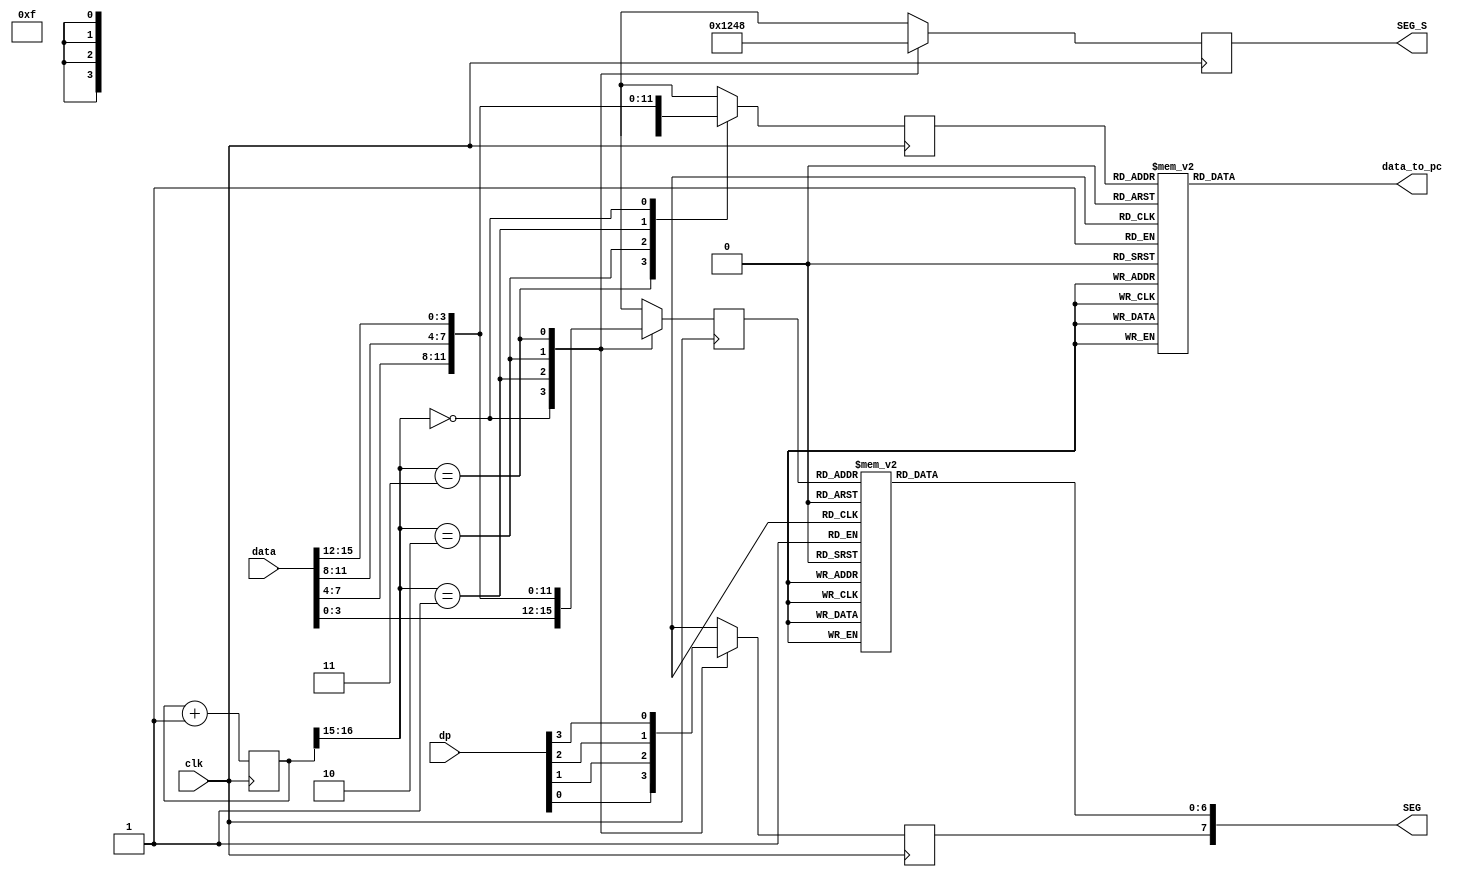
module seg_dynamic_drive(
input  clk,
input [15:0] data, 
input  [3:0] dp,  
  

output reg [3:0] SEG_S,  
output reg [7:0] SEG,
output reg [7:0] data_to_pc
);

//------------------------------------------

reg [16:0] cnt;
always @ (posedge clk) 
 cnt <= cnt + 1'b1; 

reg [3:0] ASCII;
reg [3:0] HEX;    
always  @ (posedge clk)
begin
 case(cnt[16:15])  
  2'b00 : HEX <= data[3:0];
  2'b01 : HEX <= data[7:4];
  2'b10 : HEX <= data[11:8]; 
  2'b11 : HEX <= data[15:12];
  default : ;
 endcase
end

always  @ (posedge clk)
begin
 case(cnt[16:15])  
  
  
  2'b11 : ASCII<= 4'b1111;
  2'b10 : ASCII <= data[7:4];
  2'b01 : ASCII <= data[11:8]; 
  2'b00 : ASCII <= data[15:12];
  default : ;
 endcase
end

//--------------drive SEG_S----------------------
//Get SEG_S through cnt[16:15]  ,every 2.6114 mS move one time
always  @ (posedge clk) 
begin
 case(cnt[16:15])
  2'b00 : SEG_S <= 4'b0001;
  2'b01 : SEG_S <= 4'b0010;
  2'b10 : SEG_S <= 4'b0100;
  2'b11 : SEG_S <= 4'b1000;
  default : ;
 endcase
end

//---------drive dp------------------
always  @ (posedge clk)
begin
 case(cnt[16:15])
  2'b00 : SEG[7] <= dp[0];
  2'b01 : SEG[7] <= dp[1];
  2'b10 : SEG[7] <= dp[2];
  2'b11 : SEG[7] <= dp[3];
  default : ;
 endcase
end

//---------------------------------------
always @ (ASCII)
begin
                        
 case(ASCII)
      4'h0: data_to_pc[7:0] <= 8'b00110000;//00110000    // 0-display  1- not display 
      4'h1: data_to_pc[7:0] <= 8'b00110001;//00110001
      4'h2: data_to_pc[7:0] <= 8'b00110010;//00110010 
      4'h3: data_to_pc[7:0] <= 8'b00110011;//00110011
      4'h4: data_to_pc[7:0] <= 8'b00110100;//00110100
      4'h5: data_to_pc[7:0] <= 8'b00110101;//00110101
      4'h6: data_to_pc[7:0] <= 8'b00110110;//00110110
      4'h7: data_to_pc[7:0] <= 8'b00110111;//00110111
      4'h8: data_to_pc[7:0] <= 8'b00111000;//00111000
      4'h9: data_to_pc[7:0] <= 8'b00111001;//00111001
      4'hA: data_to_pc[7:0] <= 8'b01000001;//01000001
      4'hB: data_to_pc[7:0] <= 8'b01000010;//01000010
      4'hC: data_to_pc[7:0] <= 8'b01000011;//01000011
      4'hD: data_to_pc[7:0] <= 8'b01000100;//01000100
      4'hE: data_to_pc[7:0] <= 8'b01000101;//01000101
      4'hF: data_to_pc[7:0] <= 8'b00001101;//01000110
      default: ;
    endcase
end

always @ (HEX)
begin
 case(HEX)

      4'h0: SEG[6:0] <= 7'b1000000;    // 0-display  1- not display 
      4'h1: SEG[6:0] <= 7'b1111001;
      4'h2: SEG[6:0] <= 7'b0100100;
      4'h3: SEG[6:0] <= 7'b0110000;
      4'h4: SEG[6:0] <= 7'b0011001;
      4'h5: SEG[6:0] <= 7'b0010010;
      4'h6: SEG[6:0] <= 7'b0000010;
      4'h7: SEG[6:0] <= 7'b1111000;
      4'h8: SEG[6:0] <= 7'b0000000;
      4'h9: SEG[6:0] <= 7'b0010000;
      4'hA: SEG[6:0] <= 7'b0001000;
      4'hB: SEG[6:0] <= 7'b0000011;
      4'hC: SEG[6:0] <= 7'b1000110;
      4'hD: SEG[6:0] <= 7'b0100001;
      4'hE: SEG[6:0] <= 7'b0000110;
      4'hF: SEG[6:0] <= 7'b0001110;
      default: ;
    endcase
end
  

endmodule